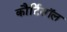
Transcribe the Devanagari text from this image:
कौर्टिसॉल